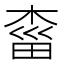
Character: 𣓩